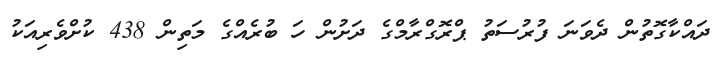
ދައްކާގޮތުން ދެވަނަ ފުރުސަތު ޕްރޮގްރާމްގެ ދަށުން ހަ ބުރެއްގެ މަތިން 438 ކުށްވެރިއަކު